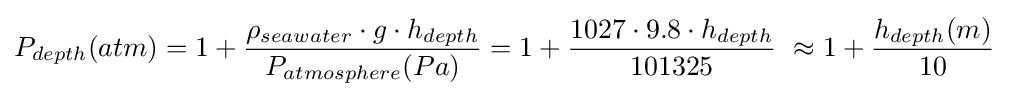
P_{depth}(atm)=1+{\frac {\rho _{seawater}\cdot g\cdot h_{depth}}{P_{atmosphere}(Pa)}}=1+{\frac {1027\cdot 9.8\cdot h_{depth}}{101325}}\ \approx 1+{\frac {h_{depth}(m)}{10}}